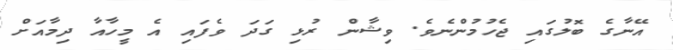
އޭނާގެ ބޮލުގައި ޖެހުމުންނެވެ. ވިޝާން ރުޅި ގަދަ ވެފައި އެ މީހާއާ ދިމާއަށް